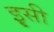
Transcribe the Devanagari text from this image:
इृसी